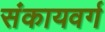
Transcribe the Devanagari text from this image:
संकायवर्ग